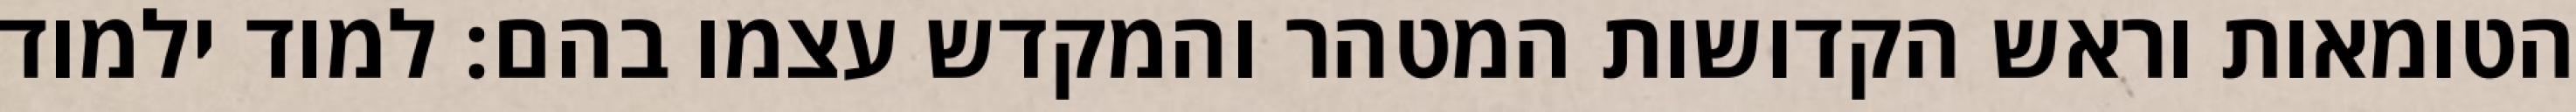
הטומאות וראש הקדושות המטהר והמקדש עצמו בהם: למוד ילמוד